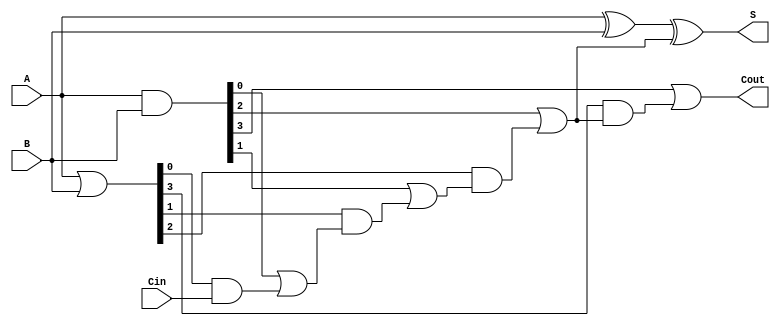
module CarryLookaheadAdder #(parameter n = 4) (
    input  [n-1:0] A,      // First n-bit input
    input  [n-1:0] B,      // Second n-bit input
    input          Cin,     // Carry-in
    output [n-1:0] S,      // Sum output
    output         Cout     // Carry-out
);

    // Generate and Propagate signals
    wire [n-1:0] G; // Generate
    wire [n-1:0] P; // Propagate
    wire [n:0] C;   // Carry signals

    // Generate and Propagate calculations
    assign G = A & B;          // Gi = Ai AND Bi
    assign P = A | B;          // Pi = Ai OR Bi

    // Carry calculations
    assign C[0] = Cin;         // C0 = Cin
    genvar i;
    generate
        for (i = 0; i < n; i = i + 1) begin : carry_calc
            if (i == 0) begin
                assign C[i + 1] = G[i] | (P[i] & C[i]); // C1 = G0 OR (P0 AND C0)
            end else begin
                assign C[i + 1] = G[i] | (P[i] & C[i]); // Ci = Gi-1 OR (Pi-1 AND Ci-1)
            end
        end
    endgenerate

    // Sum calculations
    assign S = A ^ B ^ C[n-1]; // Si = Ai XOR Bi XOR Ci

    // Carry-out
    assign Cout = C[n]; // Cout = Cn

endmodule